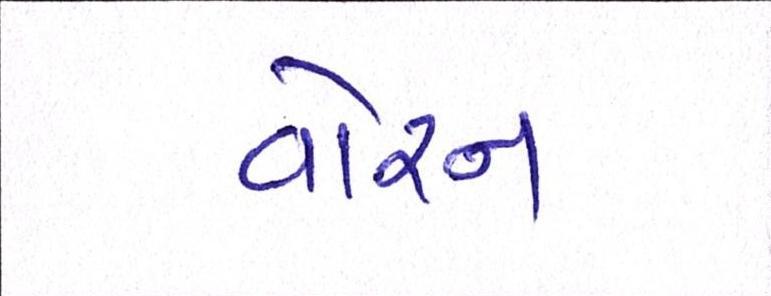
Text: વોરન